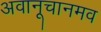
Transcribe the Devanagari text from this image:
अवानूचानमव